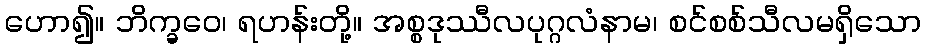
ဟော၍။ ဘိက္ခဝေ၊ ရဟန်းတို့။ အစ္စဒုဿီလပုဂ္ဂလံနာမ၊ စင်စစ်သီလမရှိသော